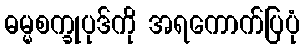
ဓမ္မစက္ခုပုဒ်ကို အရကောက်ပြပုံ